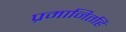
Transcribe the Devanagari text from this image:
प्रमानितहि